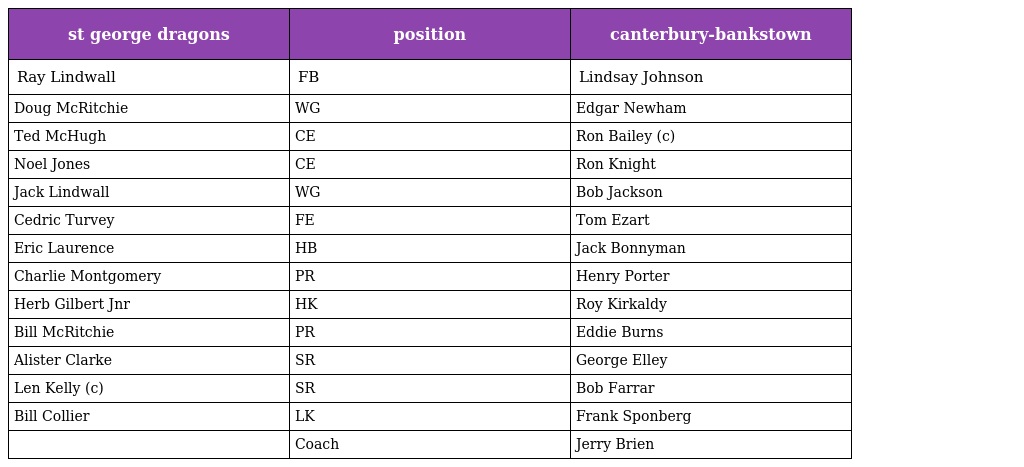
| st george dragons | position | canterbury-bankstown |
 | --- | --- | --- |
 | Ray Lindwall | FB | Lindsay Johnson |
 | Doug McRitchie | WG | Edgar Newham |
 | Ted McHugh | CE | Ron Bailey (c) |
 | Noel Jones | CE | Ron Knight |
 | Jack Lindwall | WG | Bob Jackson |
 | Cedric Turvey | FE | Tom Ezart |
 | Eric Laurence | HB | Jack Bonnyman |
 | Charlie Montgomery | PR | Henry Porter |
 | Herb Gilbert Jnr | HK | Roy Kirkaldy |
 | Bill McRitchie | PR | Eddie Burns |
 | Alister Clarke | SR | George Elley |
 | Len Kelly (c) | SR | Bob Farrar |
 | Bill Collier | LK | Frank Sponberg |
 |  | Coach | Jerry Brien |